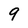
Character: 9